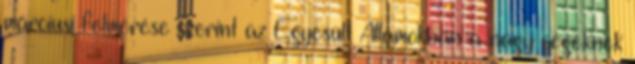
márciusi felmérése szerint az Egyesült Államokban a nagy cégeknek